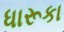
ધારૂકા